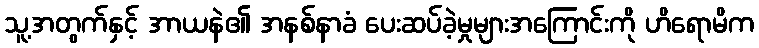
သူ့အတွက်နှင့် အာယနဲ၏ အနစ်နာခံ ပေးဆပ်ခဲ့မှုများအကြောင်းကို ဟိရောမိက